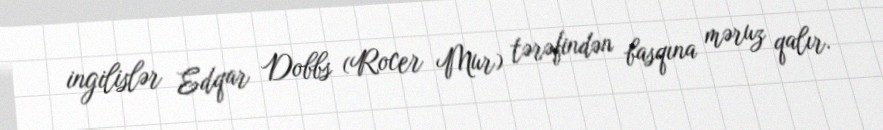
ingilislər Edqar Dobbs (Rocer Mur) tərəfindən basqına məruz qalır.